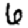
Digit: 6